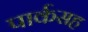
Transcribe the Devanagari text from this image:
पार्कसह